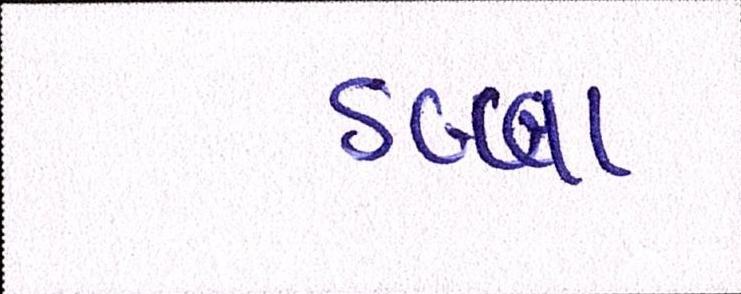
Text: ડબ્બા